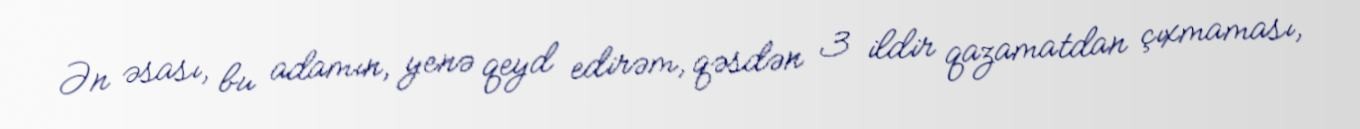
Ən əsası, bu adamın, yenə qeyd edirəm, qəsdən 3 ildir qazamatdan çıxmaması,